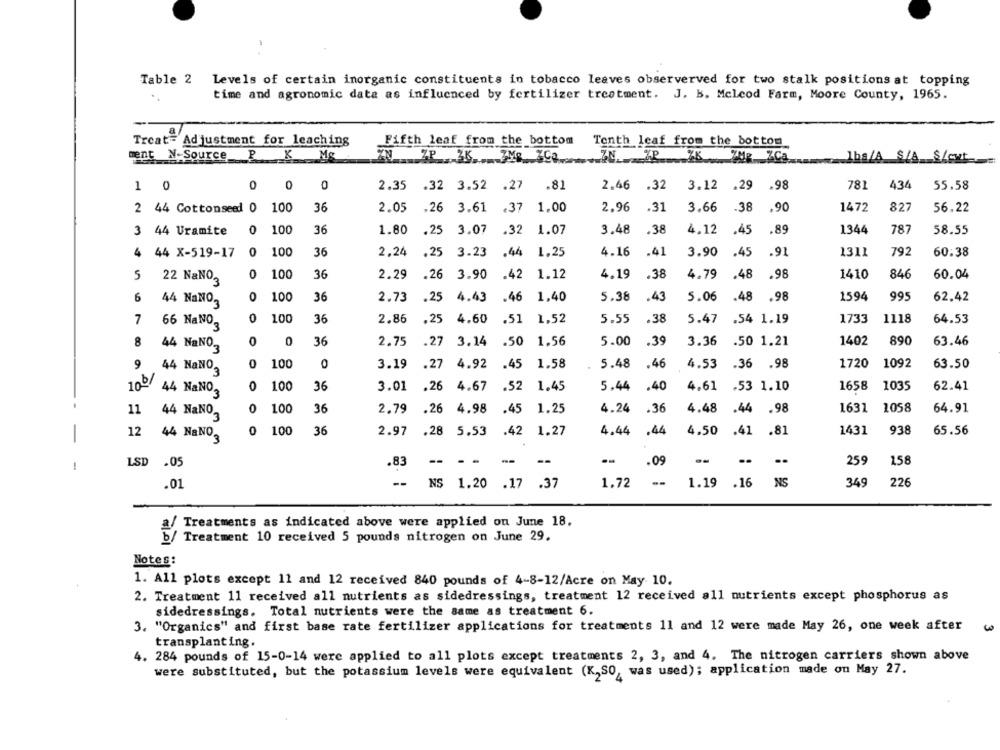
Table 2 Levels of certain inorganic constituents in tobacco leaves observerved for two stalk positions at topping
time and agronomic date as influenced by fertilizer treatment. J. b. Mcleod Farm, Moore County, 1965.
Treat= Adjustment for leaching
Fifth leaf from the bottom
Tenth leaf from the bottom
ment N-Source P X Mg
IN 7P 36 FM: 390 70 AP 66 MR ZCa 1bs/A S/A S/cut
1 0
0
0
0
2.35 .32 3.52 .27 .81
2.46 .32
3.12 .29
.98
781
434
55.58
2 44 Cottonseed 0
100
36
2.05
.26 3.61 .37 1.00
2.96
.31
3.66
-38
.90
1472
827
56.22
3 44 Uramite
0
100
36
1.80
.25 3.07
.32 1.07
3.48
.38
4.12
.45
.89
1344
787
58.55
4 44 X-519-17
0
100
36
2.24
.25
3.23
.44 1,25
4.16
.41
3.90
.45
.91
1311
792
60.38
5
0
100
36
2.29
.26
3.90
.42 1.12
4.19
.38
4.79
.48
.98
1410
846
60.04
22 NaNO2
6
0
100
36
2.73
.25
4.43
.46 1,40
5.38
.43
5.06
.48 .98
1594
995
62.42
44 NaNO,
7
0
100
36
2.86
.25
4.60
.51 1,52
5.55
.38
5.47
.54 1.19
1733
1118
64.53
66 NaNO3
8
44 NaNO.
0
0
36
2.75
.27 3.14
.50
1.56
5.00
.39
3.36
.50 1.21
1402
890
63.46
9 44 NaNO,
0
100
3.19
.27
4.92
.45
1.58
5.48
.46
4.53
.36 .98
1720
1092
63.50
3
100 44 NaNO,
0
100
36
3.01
.26
4.67
.52 1.45
5.44
.40
4.61
.53 1.10
1658
1035
62.41
11
44 NaNO,
0
100
36
2.79
.26
4.98
.45 1.25
4.24
.36
4.48
.44 .98
1631
1058
64.91
3
-
12
44 NaNO,
0
100
36
2.97
.28 5.53
.42 1.27
4.44
.44
4.50
.41 .81
1431
938
65.56
LSD .05
.83
--
--
.09
..
259
158
-
.01
--
NS
1.20 .17 .37
1.72
1.19
.16
NS
349
226
2/ Treatments as indicated above were applied on June 18.
b/ Treatment 10 received 5 pounds nitrogen on June 29.
Notes:
1. All plots except 11 and 12 received 840 pounds of 4-8-12/Acre on May 10.
2. Treatment 11 received all nutrients as sidedressings, treatment 12 received all nutrients except phosphorus as
sidedressings. Total nutrients were the same as treatment 6.
3. "Organics" and first base rate fertilizer applications for treatments 11 and 12 were made May 26, one week after
transplanting.
4. 284 pounds of 15-0-14 were applied to all plots except treatments 2, 3, and 4. The nitrogen carriers shown above
were substituted, but the potassium levels were equivalent (K,SO, was used); application made on May 27.